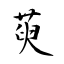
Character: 萸